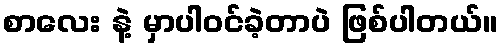
စာလေး နဲ့ မှာပါဝင်ခဲ့တာပဲ ဖြစ်ပါတယ်။